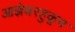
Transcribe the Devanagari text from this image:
आज्ञेबरहुकूम